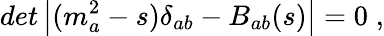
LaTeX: det\left|(m_{a}^{2}-s)\delta_{ab}-B_{ab}(s)\right|=0\; ,